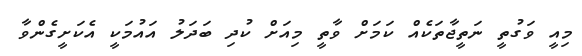
މިއީ ވަގުތީ ނަތީޖާތަކެއް ކަމަށް ވާތީ މިއަށް ކުދި ބަދަލު އަަައުމަކީ އެކަށީގެންވާ